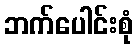
ဘက်ပေါင်းစုံ